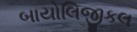
બાયોલિજીકલ